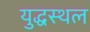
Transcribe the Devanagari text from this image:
युद्धस्‍थल